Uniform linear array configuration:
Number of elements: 12
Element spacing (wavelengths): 1
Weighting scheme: hamming
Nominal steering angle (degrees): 45
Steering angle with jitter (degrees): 43.048
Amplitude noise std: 0.05
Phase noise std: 0.05

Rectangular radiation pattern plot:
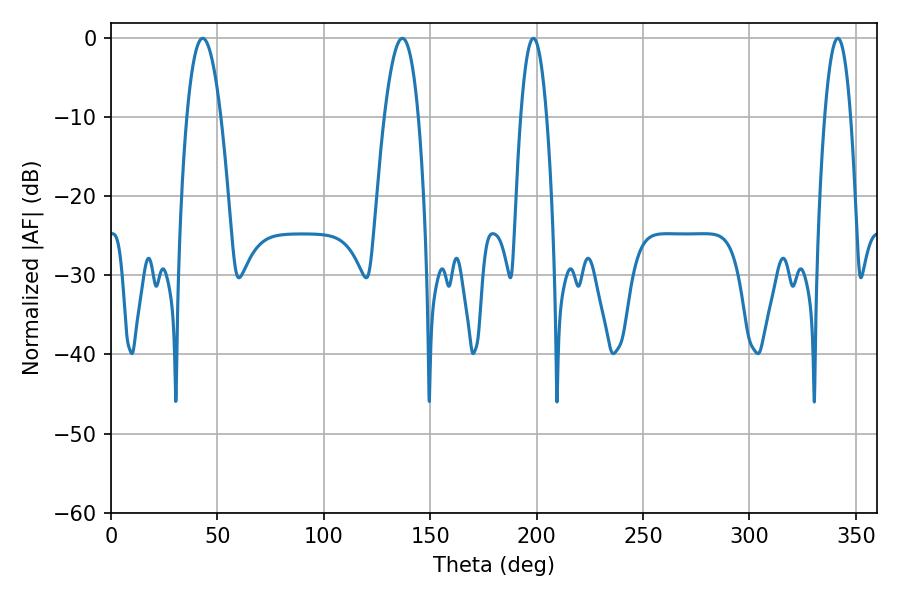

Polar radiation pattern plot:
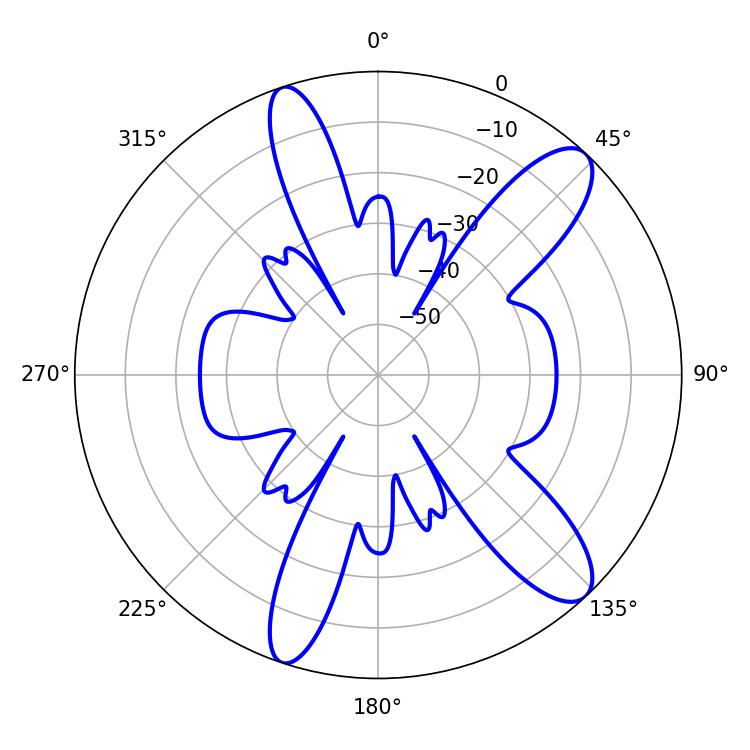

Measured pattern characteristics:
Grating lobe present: TRUE
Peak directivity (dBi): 11.367
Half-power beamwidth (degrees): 8.82
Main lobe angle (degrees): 43.02